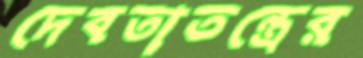
দেবতাতন্ত্রের